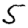
Digit: 5